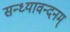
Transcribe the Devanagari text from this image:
सन्ध्यावन्दनम्